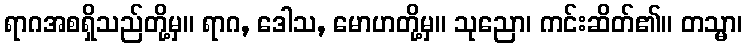
ရာဂအစရှိသည်တို့မှ။ ရာဂ, ဒေါသ, မောဟတို့မှ။ သုညော၊ ကင်းဆိတ်၏။ တသ္မာ၊